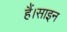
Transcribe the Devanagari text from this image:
हैं।साइन